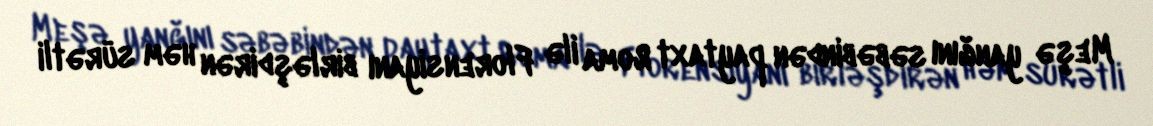
Meşə yanğını səbəbindən paytaxt Roma ilə Florensiyanı birləşdirən həm sürətli